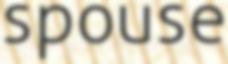
spouse